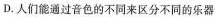
D.人们能通过音色的不同来区分不同的乐器